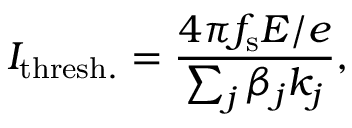
I _ { \mathrm { t h r e s h . } } = \frac { 4 \pi f _ { \mathrm { s } } E / e } { \sum _ { j } \beta _ { j } k _ { j } } ,